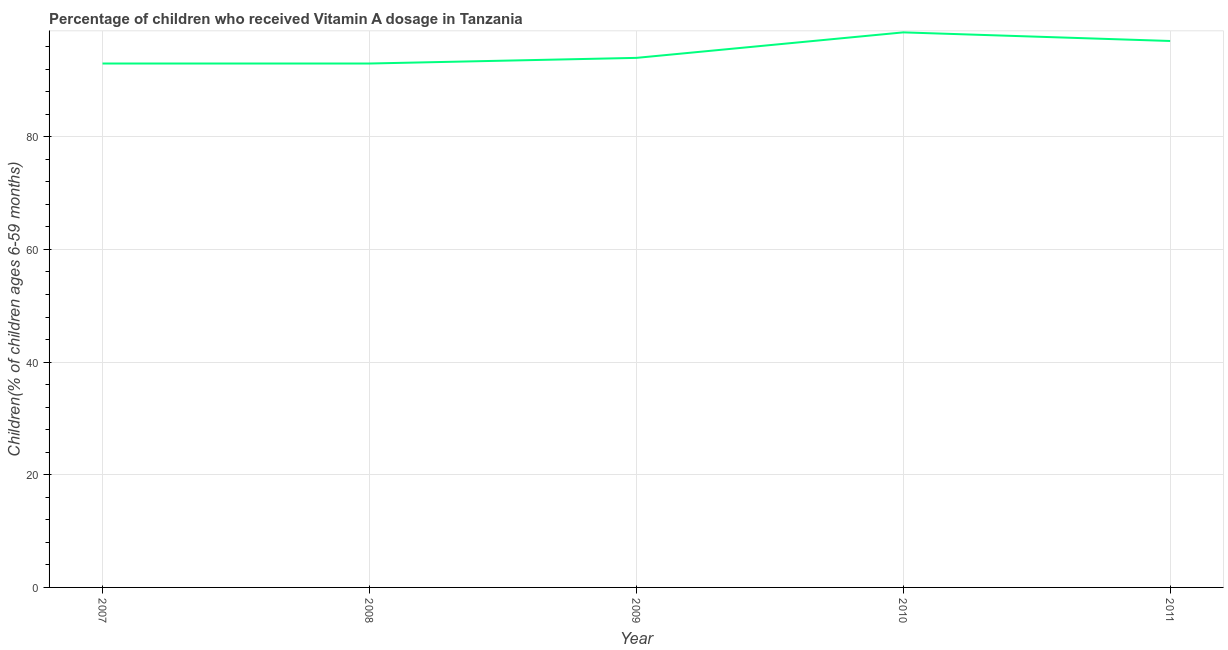
| Year | Vitamin A supplementation coverage rate  |
 | --- | --- |
 | 2007 | 93 |
 | 2008 | 93 |
 | 2009 | 94 |
 | 2010 | 98.5 |
 | 2011 | 97 |